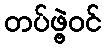
တပ်ဖွဲ့ဝင်